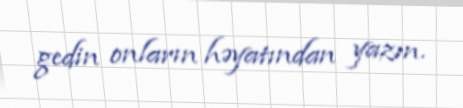
gedin onların həyatından yazın.